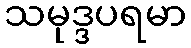
သမုဒ္ဒပရမာ